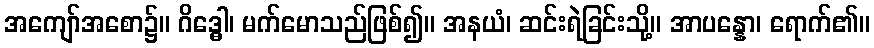
အကျော်အစော၌။ ဂိဒ္ဓေါ၊ မက်မောသည်ဖြစ်၍။ အနယံ၊ ဆင်းရဲခြင်းသို့။ အာပန္နော၊ ရောက်၏။